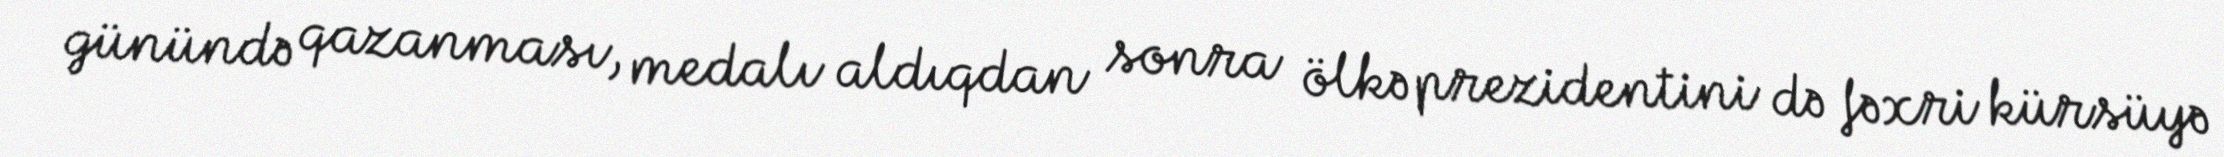
günündə qazanması, medalı aldıqdan sonra ölkə prezidentini də fəxri kürsüyə